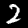
Label: 2